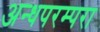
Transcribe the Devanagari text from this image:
अन्धपरम्परा